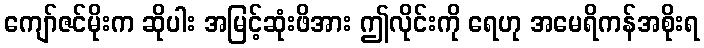
ကျော်ဇင်မိုးက ဆိုပါး အမြင့်ဆုံးဖိအား ဤလိုင်းကို ရေဟု အမေရိကန်အစိုးရ